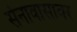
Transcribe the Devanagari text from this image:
सेनावासावर